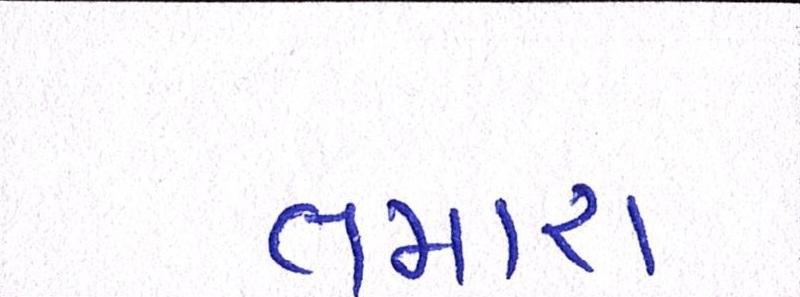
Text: તમારા